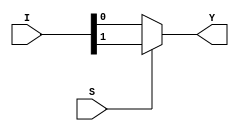
module mux_2to1_df(Y,I,S); //Dataflow style used typically when boolean expression is known

input [1:0]I; //two bit input
input S; //one selector bit

output Y; //one output

assign Y = S?I[1]:I[0]; //Here we are using a conditional statement ("?") in order to check if S is true or false (1 or 0). . .
                        //then using that to select which input to pass to Y. IF S = 1 then Y = I[1], IF S = 0 then Y = I[0] 


endmodule